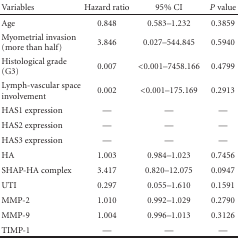
| Variables | Hazard ratio | 95% CI | P value |
 | --- | --- | --- | --- |
 | Age | 0.848 | 0.583–1.232 | 0.3859 |
 | Myometrial invasion (more than half) | 3.846 | 0.027–544.845 | 0.5940 |
 | Histological grade (G3) | 0.007 | <0.001–7458.166 | 0.4799 |
 | Lymph-vascular space involvement | 0.002 | <0.001–175.169 | 0.2913 |
 | HAS1 expression | — | — | — |
 | HAS2 expression | — | — | — |
 | HAS3 expression | — | — | — |
 | HA | 1.003 | 0.984–1.023 | 0.7456 |
 | SHAP-HA complex | 3.417 | 0.820–12.075 | 0.0947 |
 | UTI | 0.297 | 0.055–1.610 | 0.1591 |
 | MMP-2 | 1.010 | 0.992–1.029 | 0.2790 |
 | MMP-9 | 1.004 | 0.996–1.013 | 0.3126 |
 | TIMP-1 | — | — | — |